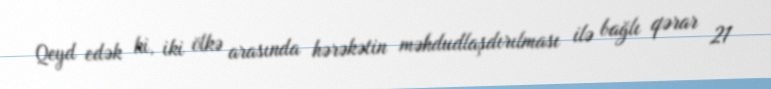
Qeyd edək ki, iki ölkə arasında hərəkətin məhdudlaşdırılması ilə bağlı qərar 21